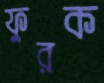
ফুরক